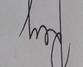
Signature authenticity: genuine